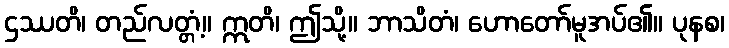
ဌဿတိ၊ တည်လတ္တံ့။ ဣတိ၊ ဤသို့။ ဘာသိတံ၊ ဟောတော်မူအပ်၏။ ပုနစ၊